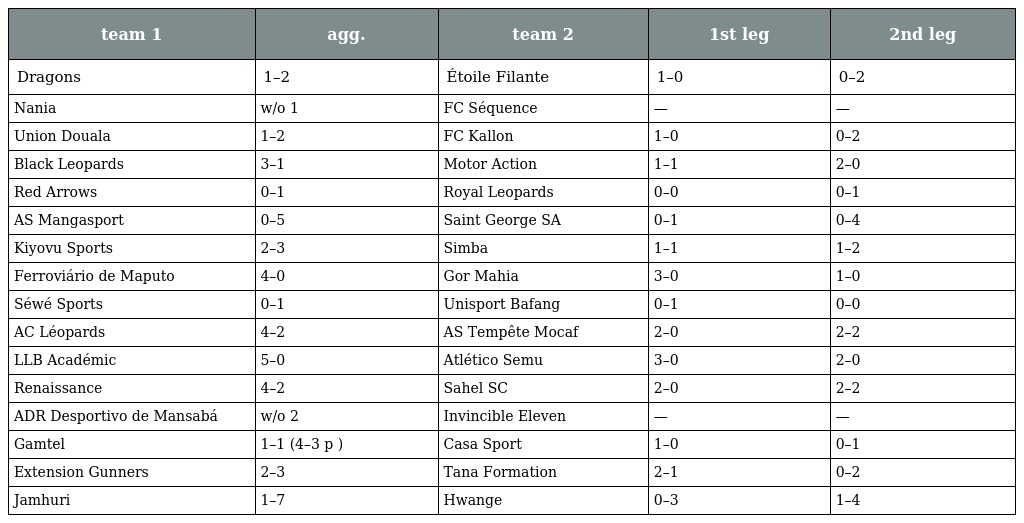
| team 1 | agg. | team 2 | 1st leg | 2nd leg |
 | --- | --- | --- | --- | --- |
 | Dragons | 1–2 | Étoile Filante | 1–0 | 0–2 |
 | Nania | w/o 1 | FC Séquence | — | — |
 | Union Douala | 1–2 | FC Kallon | 1–0 | 0–2 |
 | Black Leopards | 3–1 | Motor Action | 1–1 | 2–0 |
 | Red Arrows | 0–1 | Royal Leopards | 0–0 | 0–1 |
 | AS Mangasport | 0–5 | Saint George SA | 0–1 | 0–4 |
 | Kiyovu Sports | 2–3 | Simba | 1–1 | 1–2 |
 | Ferroviário de Maputo | 4–0 | Gor Mahia | 3–0 | 1–0 |
 | Séwé Sports | 0–1 | Unisport Bafang | 0–1 | 0–0 |
 | AC Léopards | 4–2 | AS Tempête Mocaf | 2–0 | 2–2 |
 | LLB Académic | 5–0 | Atlético Semu | 3–0 | 2–0 |
 | Renaissance | 4–2 | Sahel SC | 2–0 | 2–2 |
 | ADR Desportivo de Mansabá | w/o 2 | Invincible Eleven | — | — |
 | Gamtel | 1–1 (4–3 p ) | Casa Sport | 1–0 | 0–1 |
 | Extension Gunners | 2–3 | Tana Formation | 2–1 | 0–2 |
 | Jamhuri | 1–7 | Hwange | 0–3 | 1–4 |